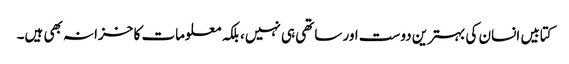
کتابیں انسان کی بہترین دوست اور ساتھی ہی نہیں، بلکہ معلومات کا خزانہ بھی ہیں۔